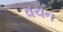
વચન